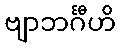
ဗျာဘင်္ဂီဟိ